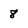
Character: 8